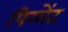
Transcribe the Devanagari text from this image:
पिग्मेंट